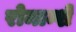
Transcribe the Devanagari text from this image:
रोमान्शे